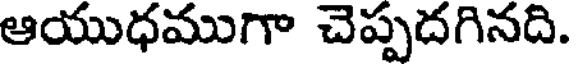
ఆయుధముగా చెప్పదగినది.